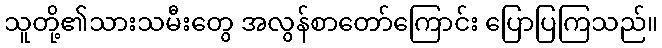
သူတို့၏သားသမီးတွေ အလွန်စာတော်ကြောင်း ပြောပြကြသည်။